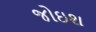
જોઇશ